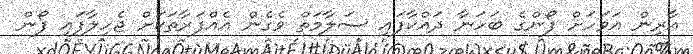
އާރިން އަވަހަށް ފޯންގެ ބަހަނާ ދައްކާފައި ސަލާމަތް ވެގެން އެއްފަރާތަކަށް ޖެހިލާފައި ފޯން